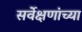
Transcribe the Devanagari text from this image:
सर्वेक्षणांच्या